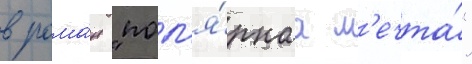
в рома́н "пол'я́рнаа м'ечта́"